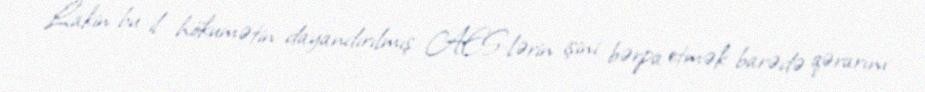
Lakin bu il hökumətin dayandırılmış AES-lərin işini bərpa etmək barədə qərarını